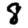
Digit: 8